Report on the Nagpur School of Medicine, Central Provinces
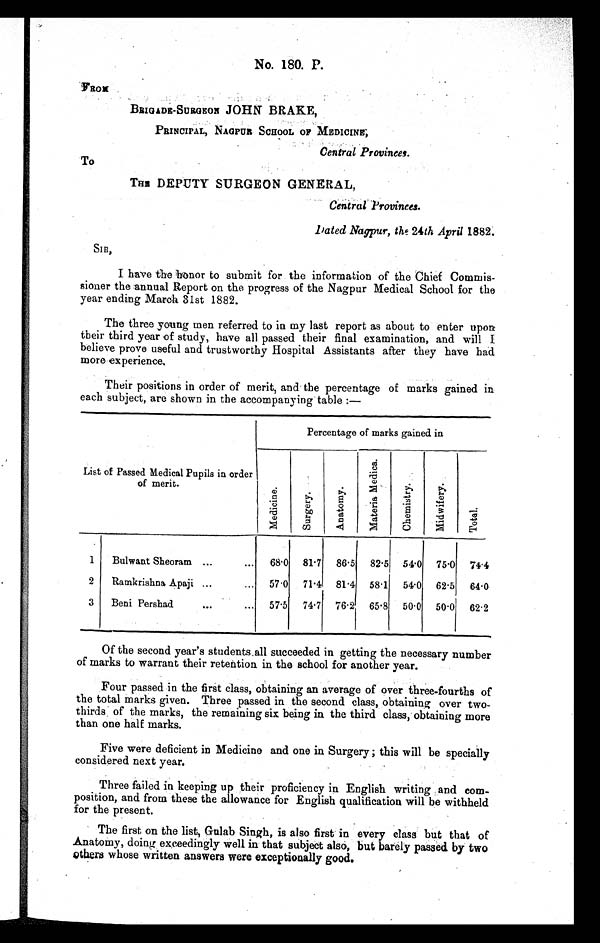
No. 180. P.
F R O M
BRIGADE-SURGEON JOHN BRAKE,
PRI NCI PAL, NAGPUR S CHOOL OF MEDI CI NE,
Central Provinces.
To
THE DEPUTY SURGEON GENERAL,
Central Provinces.
A p r i l
1 8 8 2 .
SIR,
I have the honor to submit for the information of the Chief Commis-
sioner the annual Report on the progress of the Nagpur Medical School for the
year ending March 31st 1882.
The three young men referred to in my last report as about to enter upon
their third year of study, have all passed their final examination, and will I
believe prove useful and trustworthy Hospital Assistants after they have had
more experience.
Their positions in order of merit, and the percentage of marks gained in
each subject, are shown in the accompanying table :—
List of Passed Medical Pupils in order
of merit.
Percentage of marks gained in
M e d i c i n e .
S u r g e r y .
A n a t o m y .
M a t e r i a
M e d i c a .
C h e m i s t r y
M i d w i f e r y .
T o t a l .
1
Bulwant Sheoram ...
... 68.0 81 . 7 86 . 5 82. 5 54.0 75 .0 74.4
2
Ramkrishna Apaji ...
... 57 .0 71 .4 81 .4 58 . 1 54. 0 62 . 5 64.0
3 Beni Pershad
...
... 57. 5 74. 7 76 . 2 65.8 50 . 0 50 . 0 62.2
Of the second year's students all succeeded in getting the necessary number
of marks to warrant their retention in the school for another year.
Four passed in the first class, obtaining an average of over three-fourths of
the total marks given. Three passed in the second class, obtaining over two-
thirds, of the marks, the remaining six being in the third class, obtaining more
than one half marks.
Five were deficient in Medicine and one in Surgery; this will be specially
considered next year.
Three failed in keeping up their proficiency in English writing and com-
position, and from these the allowance for English qualification will be withheld
for the present.
The first on the list, Gulab Singh, is also first in every class but that of
Anatomy, doing exceedingly well in that subject also, but barely passed by two
o t h e r s
w h o s e w r i t t e n a n s w e r s w e r e e x c e p t i o n a l l y g o o d .